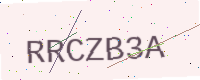
Text: RRCZB3A